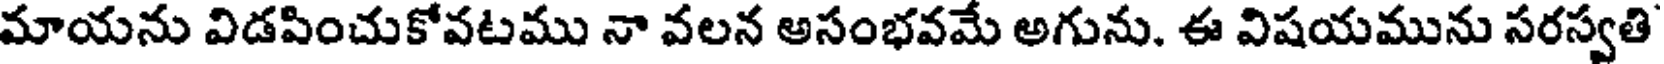
మాయను విడపించుకోవటము నా వలన అసంభవమే అగును. ఈ విషయమును సరస్వతి